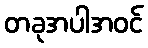
တခုအပါအဝင်